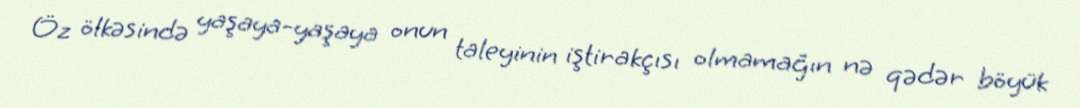
Öz ölkəsində yaşaya-yaşaya onun taleyinin iştirakçısı olmamağın nə qədər böyük